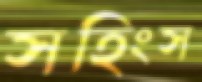
সহিংস